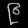
Digit: ၉